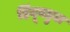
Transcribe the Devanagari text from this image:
हिंदूबहुल